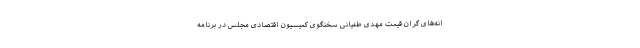
انه‌های گران قیمت مهدی طغیانی سخنگوی کمیسیون اقتصادی مجلس در برنامه